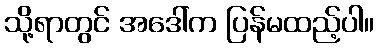
သို့ရာတွင် အဒေါ်က ပြန်မထည့်ပါ။